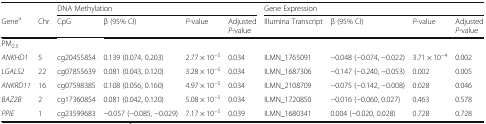
<table><thead><tr><td></td><td></td><td colspan="4"><b>DNA Methylation</b></td><td colspan="4"><b>Gene Expression</b></td></tr><tr><td><b>Gene<sup>a</sup></b></td><td><b>Chr</b></td><td><b>CpG</b></td><td><b>β (95% CI)</b></td><td><b><i>P</i>-value</b></td><td><b>Adjusted <i>P</i>-value</b></td><td><b>Illumina Transcript</b></td><td><b>β (95% CI)</b></td><td><b><i>P</i>-value</b></td><td><b>Adjusted <i>P</i>-value</b></td></tr></thead><tbody><tr><td colspan="10">PM<sub>2.5</sub></td></tr><tr><td><i>ANKHD1</i></td><td>5</td><td>cg20455854</td><td>0.139 (0.074, 0.203)</td><td>2.77 × 10<sup>−5</sup></td><td>0.034</td><td>ILMN_1765091</td><td>−0.048 (−0.074, −0.022)</td><td>3.71 × 10<sup>−4</sup></td><td>0.002</td></tr><tr><td><i>LGALS2</i></td><td>22</td><td>cg07855639</td><td>0.081 (0.043, 0.120)</td><td>3.28 × 10<sup>−5</sup></td><td>0.034</td><td>ILMN_1687306</td><td>−0.147 (−0.240, −0.053)</td><td>0.002</td><td>0.005</td></tr><tr><td><i>ANKRD11</i></td><td>16</td><td>cg07598385</td><td>0.108 (0.056, 0.160)</td><td>4.97 × 10<sup>−5</sup></td><td>0.034</td><td>ILMN_2108709</td><td>−0.075 (−0.142, −0.008)</td><td>0.028</td><td>0.046</td></tr><tr><td><i>BAZ2B</i></td><td>2</td><td>cg17360854</td><td>0.081 (0.042, 0.120)</td><td>5.08 × 10<sup>−5</sup></td><td>0.034</td><td>ILMN_1720850</td><td>−0.016 (−0.060, 0.027)</td><td>0.463</td><td>0.578</td></tr><tr><td><i>PPIE</i></td><td>1</td><td>cg23599683</td><td>−0.057 (−0.085, −0.029)</td><td>7.17 × 10<sup>−5</sup></td><td>0.039</td><td>ILMN_1680341</td><td>0.004 (−0.020, 0.028)</td><td>0.728</td><td>0.728</td></tr></tbody></table>